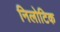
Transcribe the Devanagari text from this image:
निलोटिक